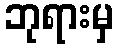
ဘုရားမှ